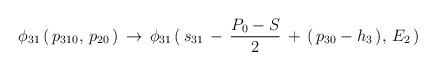
LaTeX: \begin{align*}\phi_{31}\,(\,p_{310},\,p_{20}\,)\,\to\,\phi_{31}\,(\,s_{31}\,-\,{P_0-S\over2}\,+\,(\,p_{30}-h_3\,),\,E_2\,)\end{align*}